Report of the Municipal Commissioner on the plague in Bombay for the year ending 31st May... - Volume 2
Disease focus: Plague
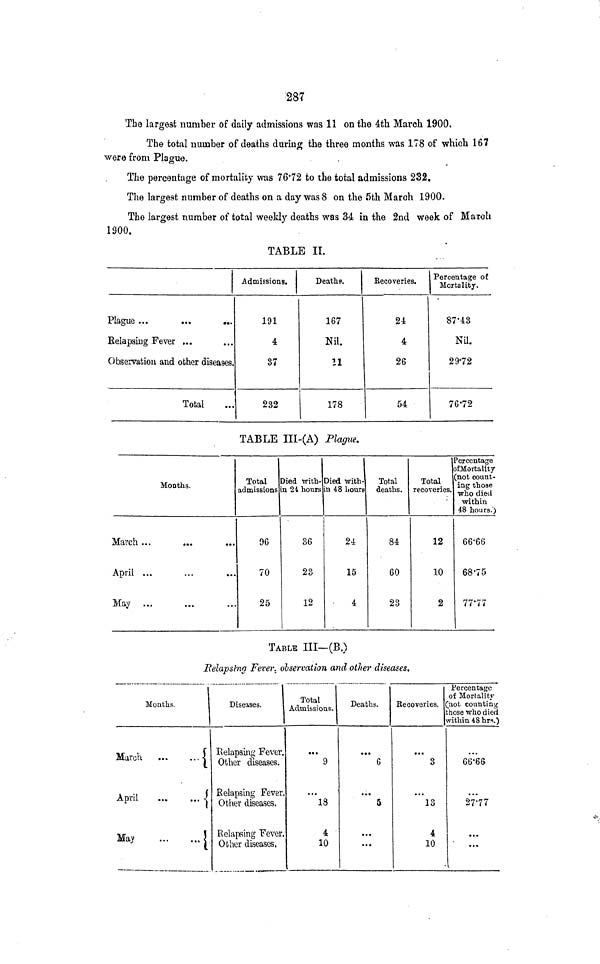
287
The largest number of daily admissions was 11 on the 4th March 1900.
The total number of deaths during the three months was 178 of which 167
were from Plague.
The percentage of mortality was 76*72 to the total admissions 232.
The largest number of deaths on a day was 8 on the 5th March 1900.
The largest number of total weekly deaths was 34 in the 2nd week of March
1900.
TABLE II.
Plague ...
Kelapsing Fever ...
Observation and other diseases.
Total
Admissions.
191
4
37
232
Deaths.
167
Nil.
11
178
Recoveries.
24
4
26
54
Percentage of
Mortality.
87'43
Nil.
29-72
76'72
TABLE III-(A) Plague.
Months.
March ...
April ...
...
...
Ma^T
otal
admissions
96
70
25
)ied with-
n 24 hours
36
23
12
Died with-
n 48 Lours
24
15
4
Total
deaths.
84
60
23
Total
recoveries.
12
10
2
Percentage
ofMortality
(not count-
ing those
who diet!
within
48 hours.)
66-66
68-75
ITU
TABLE III—(B.)
Relapsing Fever, observation and oilier diseases.
Months.
March
<
April
|
May
!
Diseases.
Relapsing Fever.
Other diseases.
Relapsing Fever.
Other diseases.
Relapsing Fever.
Other diseases,
Total
Admissions.
"" 9
"*18
4 '
10
Deaths.
•• •
6
' 5
...
Recoveries.
"" 3
13
4
10
Percentage
of Mortalitŷ
not counting
;hose who died
within 48 hrs.)
66'66
2*7 : 77
"•